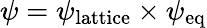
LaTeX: \psi=\psi_{\mathrm{lattice}}\times\psi_{\mathrm{eq}}